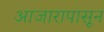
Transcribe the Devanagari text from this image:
आजारापासून